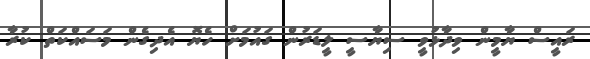
ރައީސް ޔާމީން ވިދާޅުވީ ސިޔާސީ ލީޑަރުން ގައުމަށް ހެޔޮ އެދިގެން މަސައްކަތް ކުރާ